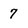
Character: 7